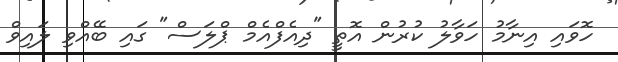
ހޮވައި އިނާމު ހަވާލު ކުރުން އޮތީ "ދިއެފްއެމް ޕްލަސް" ގައި ބޭއްވި ލައިވް